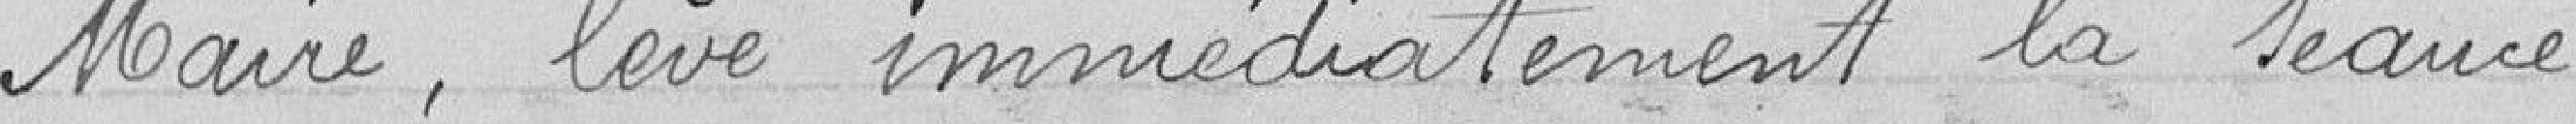
Maire, lève immédiatement la séance.